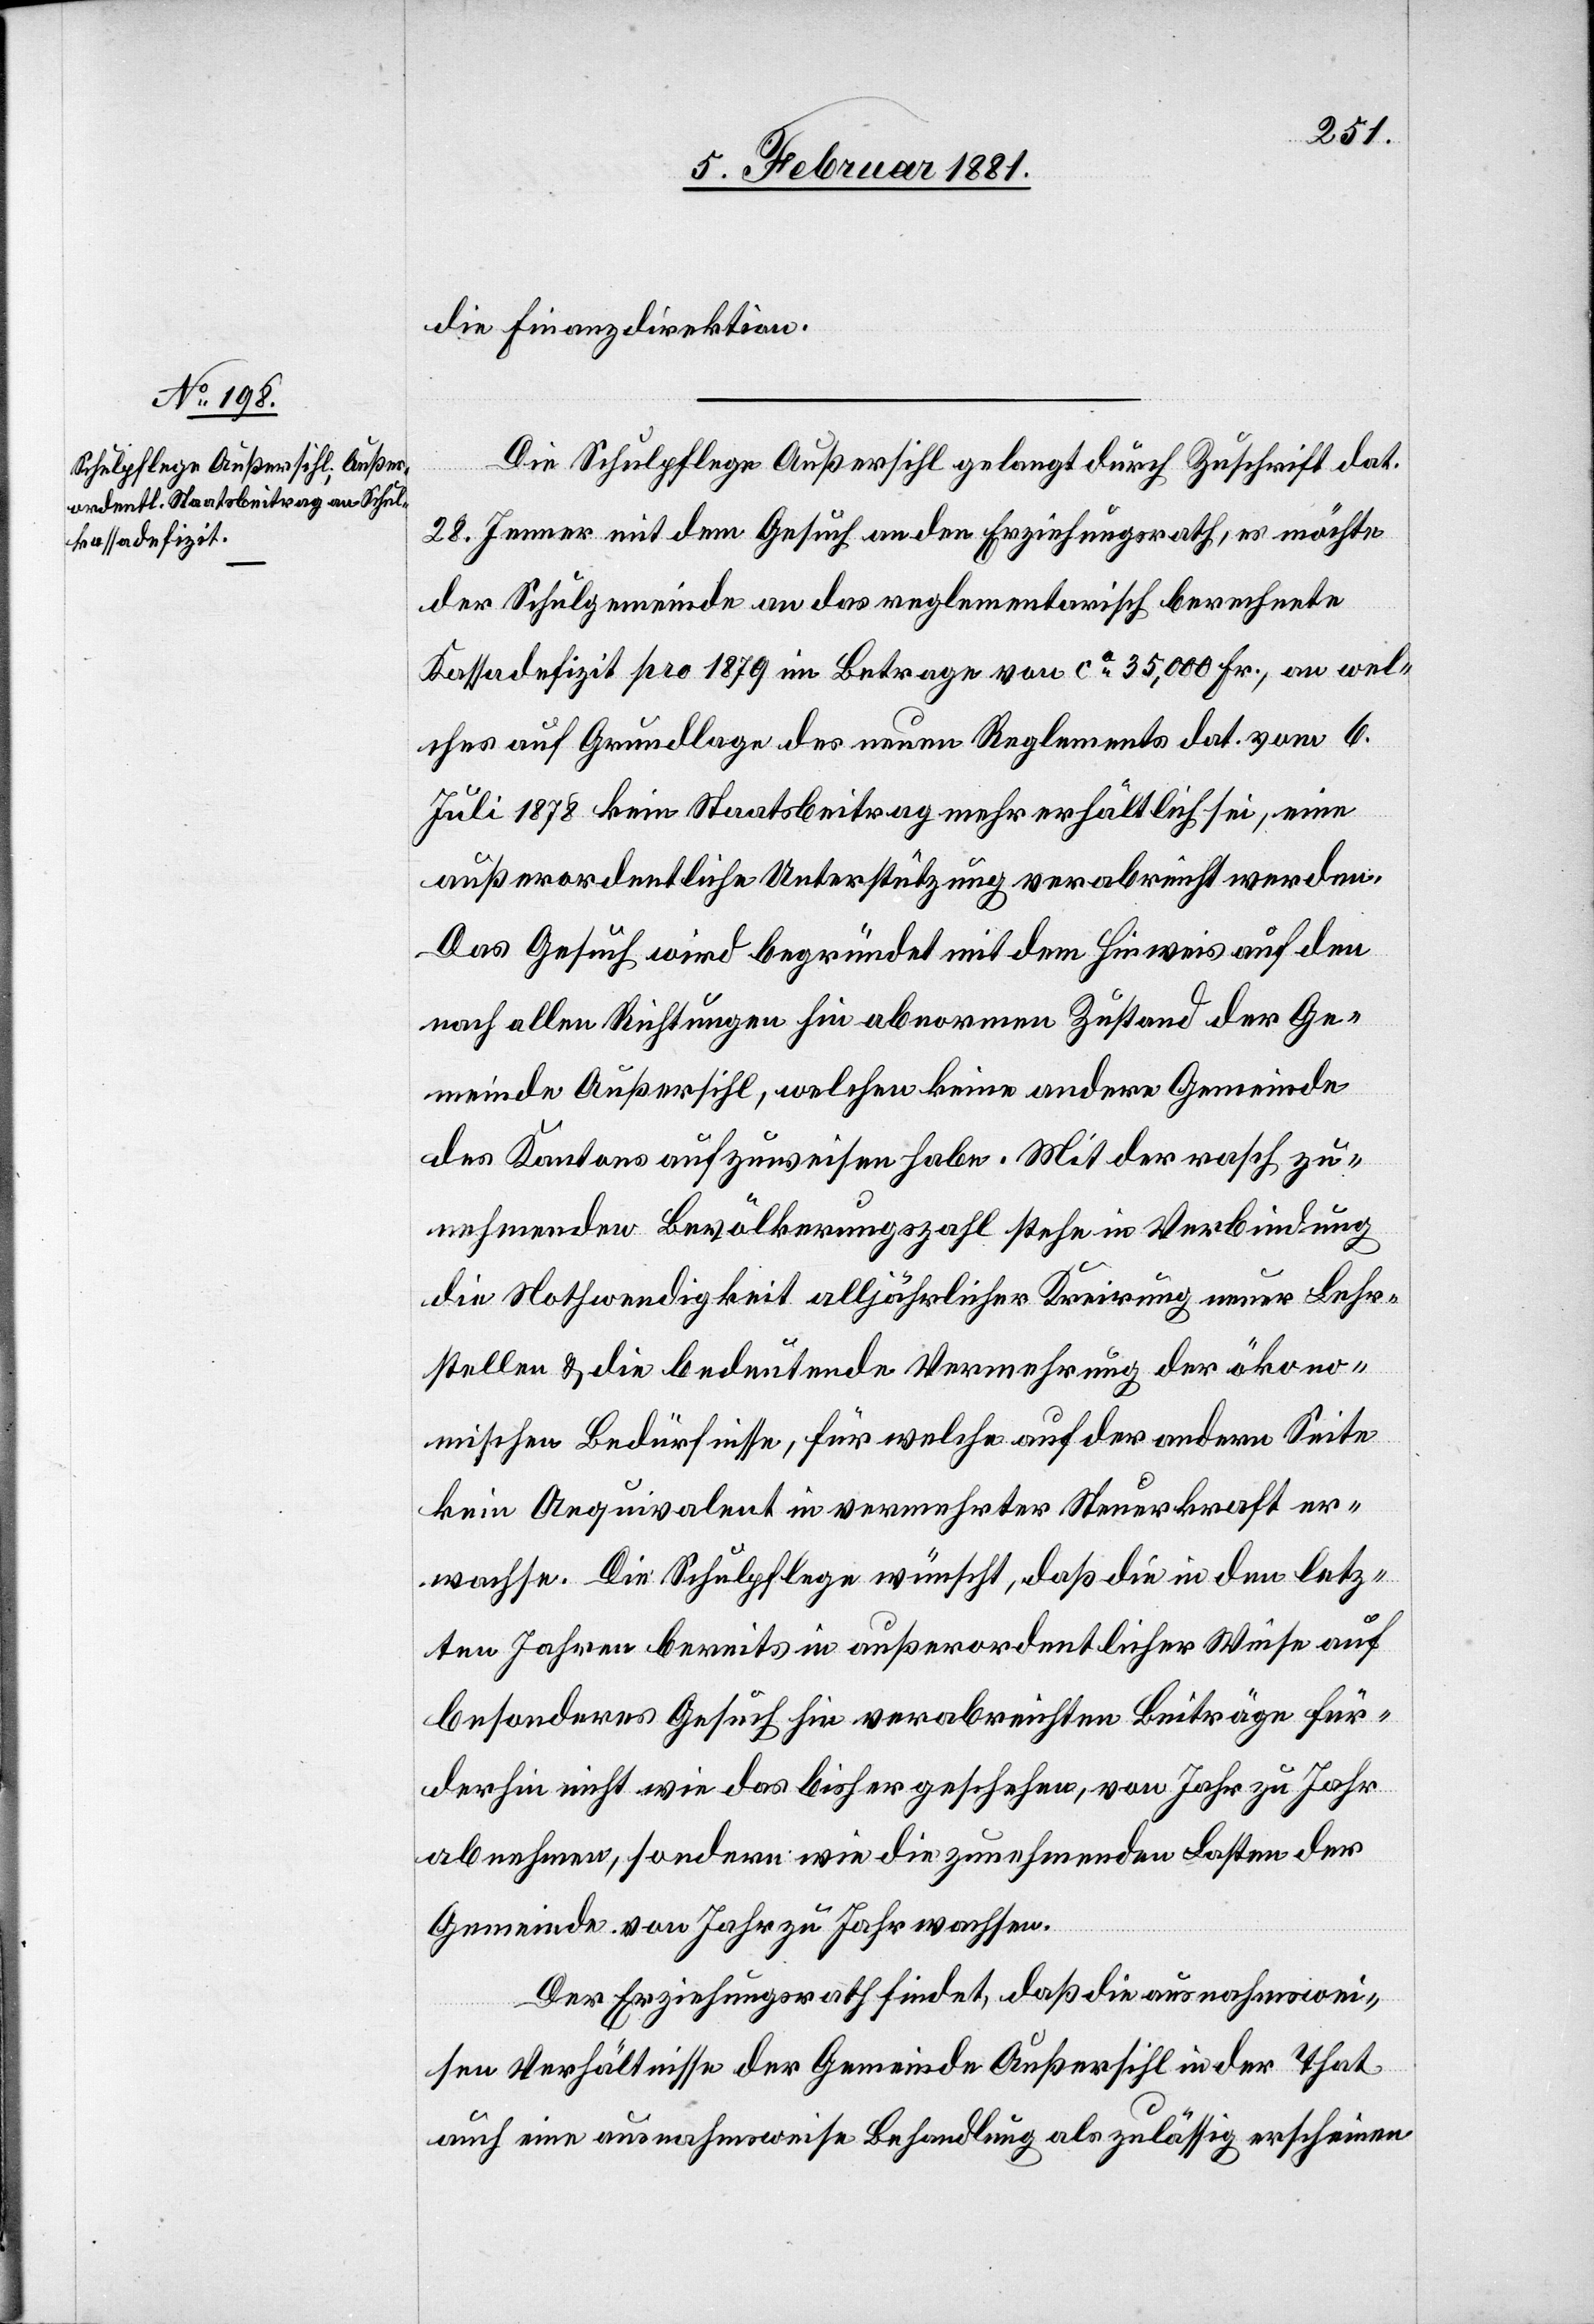
die Finanzdirektion.
Die Schulpflege Außersihl gelangt durch Zuschrift dat.
28. Jenner mit dem Gesuch an den Erziehungsrath, es möchte
der Schulgemeinde an das reglementarisch berechnete
Kassadefizit pro 1879 im Betrage von ca 35,000 Fr., an wel¬
ches auf Grundlage des neuen Reglements dat. vom 6.
Juli 1878 kein Staatsbeitrag mehr erhältlich sei, eine
außerordentliche Unterstützung verabreicht werden.
Das Gesuch wird begründet mit dem Hinweis auf den
nach allen Richtungen hin abnormen Zustand der Ge¬
meinde Außersihl, welchen keine andere Gemeinde
des Kantons aufzuweisen habe. Mit der rasch zu¬
nehmenden Bevölkerungszahl stehe in Verbindung
die Nothwendigkeit alljährlichen Kreirung neuer Lehr¬
stellen & die bedeutende Vermehrung der ökono¬
mischen Bedürfnisse, für welche auf der andern Seite
kein Aequivalent in vermehrter Steuerkraft er¬
wachse. Die Schulpflege wünscht, daß die in den letz¬
ten Jahren bereits in außerordentlicher Weise auf
besonderes Gesuch hin verabreichten Beiträge für¬
derhin nicht wie das bisher geschehen, von Jahr zu Jahr
abnehmen, sondern wie die zunehmenden Lasten der
Gemeinde von Jahr zu Jahr wachsen.
Der Erziehungsrath findet, daß die ausnahmswei¬
sen Verhältnisse der Gemeinde Außersihl in der That
auch eine ausnahmsweise Behandlung als zulässig erscheinen